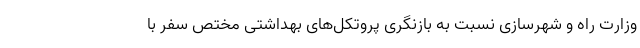
وزارت راه و شهرسازی نسبت به بازنگری پروتکل‌های بهداشتی مختص سفر با